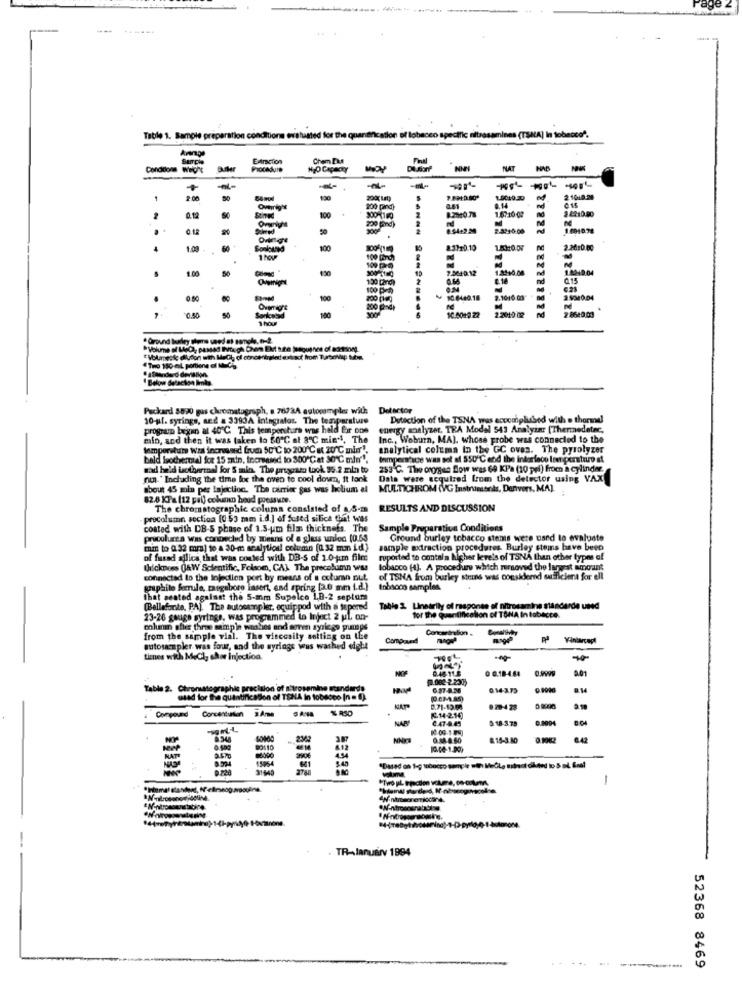
Table 1. Sample preparation conditions ovat
o specific nitrasamines (TSHA] in tobacco".
Surcia
ExAmcTion
Condicions Weght
Buffer
Procedure
MOY
Di.sarf
NAT
+
---
2.00
130
200g Lat)
SO
200 pand)
0.12
100
14010 gr
2-3210.00
Ovingt
4
60
8.3310.19
2.2010
100 lanch)
1.00
130
100 Dem
130 [2rg)
and
100 Ft
0.50
2.1000 ts
0.50
Tro 150 ml portiene af MEChy
fandard deviation.
Below delaction limbs
Packard 5820 gas chromatograph, . 7673A autowmpler with
10 ul. syringe, and a 339JA integrator. The temperature
Detection of the TSNA was accomplished with e thormdl
program began at 40'℃ This temperatura was held for one
energy analyzer, TRA Model 543 Aralyin [Thermedetec,
mio, and then it was taken to 50 ℃ at 8"℃ mie", The
Inc ., Woburn, MA), whose probe was connected to the
temperature Was increased from 50 ℃ to 200 ℃ a 20℃ mim".
analytical columa In the GC oves. The pyrolyzer
bald Irocherial for 15 zain, Increased to 300 ℃at 30℃ mlm"1.
Imperface was sol af 550"℃ end the interface lent perturo at
Had he'd lacibermal for 5 min. The prisessa took 95.2 min to
253 ℃. The oxygen Sow was 64 KPa (10 pri) from a cylinder.
nun." Including the time for the oven to cool down, it tonk
Data were sequired from the detector using VAX
about 45 min per Injection. The carrier gas was helium al
MULTICHROM (VG Instruments, Denvers, MA).
82.8 KFa (12 pal) column houd pressure.
The chromatographic column consisted of a.S-m
RESULTS AND DISCUSSION
procolumn section [0 53 mm i.d.] of fused silica that was
coated with DB-S phase of 1.5-um film thickness. The
Sample Preparation Conditions
pricolursa was connected by means of a glass union (0.63
Ground burley tobacco stems were used to evaluate
mm to 0. 32 mm) to a 30-m analytical column (0.32 mm id}
sample extraction procedures. Burley stems have been
of fasad silice that was posted with DB-S of 1.0-jm film
reported to contai a higher levels of TSNA than other types of
Uricknees O&W Scientific, Folsom, CAL The precolumn was
lobacco (4). A procedure which removed the largest amount
connected to the injection port by means of a column nut
of TSNA from burley steins was considered sufficient for ell
graphite Serule, rasgaboro insert, and spring [3.0 mm f.d.)
tobacco samples
that seated against the 5-mm Supalco LB-2 septum
(Bellefonte, PA]. The autosampler, equippod with a tapered
Table 2 Linearily of response of nitrosamine sanderde uned
23-26 gauge syringe, was programmed to Inject 2 ul. on-
for the quantification of TONA In tobacco.
column she three mampie wanbios and amen syringe pumpe
Concentration .
from the sample vial. The viscosity setting on Le
Compound
autosempler was four, and the syringe was washed eight
tienes with MeCl, eher injection.
0.46-11.8
0 0.18-4.44
0.9999
0.01
Table 2. Chromatographie precision of Ilirosemine standards
014-3.75
stad for the quantification of TSNA In tobacco (n = D).
Conpound
$ RS0
.
8.71-13.54
820-428
NAP
C.47-4.45
K14-216
0 18-3.78
0.9094
6.948
NNKT
# 15-3.80
89110
9.304
0.220
31440
-
. TR-January 1994
....------
52368 8469